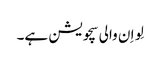
لِو اِ ن والی سچویشن ہے۔